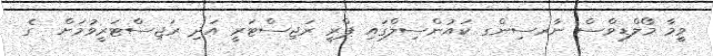
ވީމާ މޯލްޑިވްސް ނާރސިންގ ކައުންސިލްގައި ޕްރީ ރަޖިސްޓަރީ އަދި ރަޖިސްޓަރީވުމަށް  ގެ